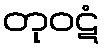
တုဝဋံ